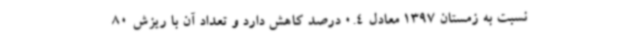
نسبت به زمستان 1397 معادل 0.4 درصد کاهش دارد و تعداد آن با ریزش 80